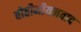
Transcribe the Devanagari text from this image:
बोहीमीयनवाद